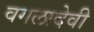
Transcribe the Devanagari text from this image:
वगलादेवी